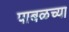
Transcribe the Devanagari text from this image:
पाबळच्या